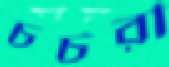
চর্চরী